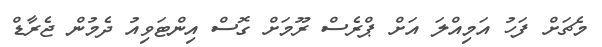
މެޗަށް ފަހު އަމިއްލަ އަށް ޕްރެސް ރޫމަށް ގޮސް އިންޓަވިއު ދެމުން ޖެރާޑް